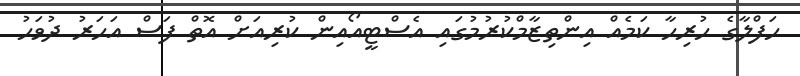
ހަފްލާގެ ހުރިހާ ކަމެއް އިންތިޒާމްކުރުމުގައި އެސްޓީއޯއިން ކުރިއަށް އޮތް ފަސް އަހަރު ދުވަހު